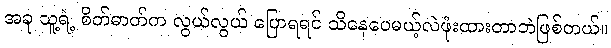
အခု သူ့ရဲ့ စိတ်ဓာတ်က လွယ်လွယ် ပြောရရင် သိနေပေမယ့်လဲဖုံးထားတာဘဲဖြစ်တယ်။